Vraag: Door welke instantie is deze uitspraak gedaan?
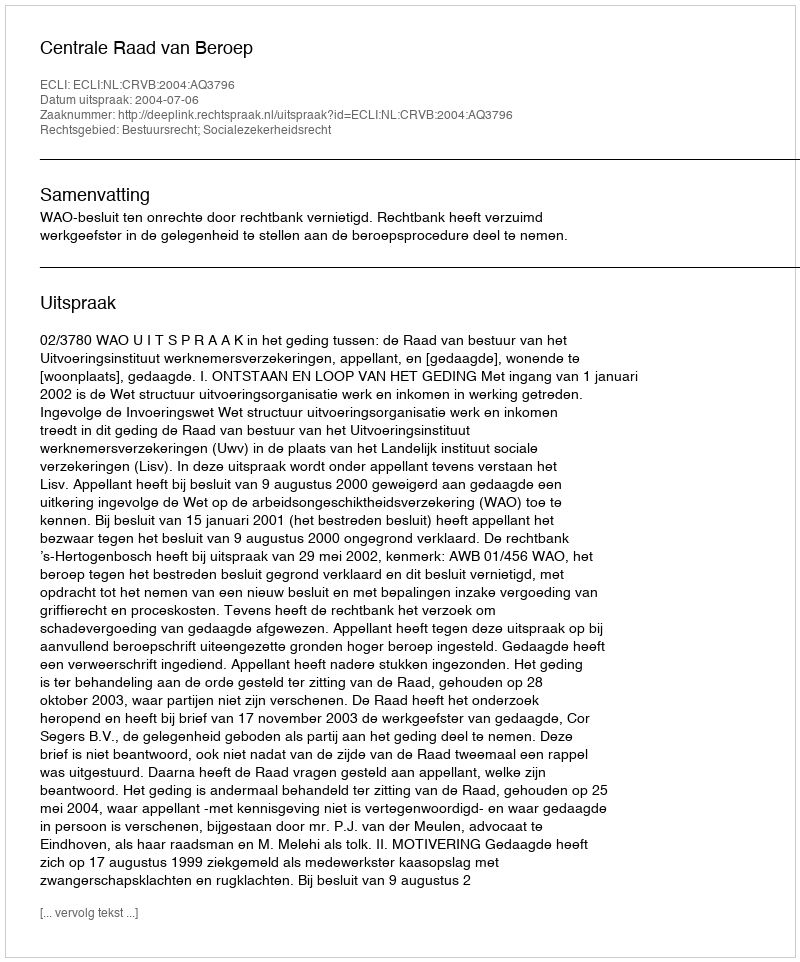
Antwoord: Centrale Raad van Beroep